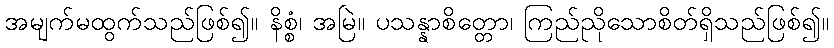
အမျက်မထွက်သည်ဖြစ်၍။ နိစ္စံ၊ အမြဲ။ ပသန္နာစိတ္တော၊ ကြည်ညိုသောစိတ်ရှိသည်ဖြစ်၍။